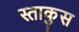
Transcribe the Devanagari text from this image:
स्ताकुस